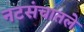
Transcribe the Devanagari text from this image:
नटसंचातले